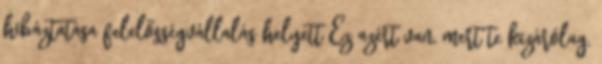
hibáztatása felelősségvállalás helyett Ez azért van, mert te kizárólag,